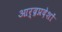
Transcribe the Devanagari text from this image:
आर्द्रप्रदेशों